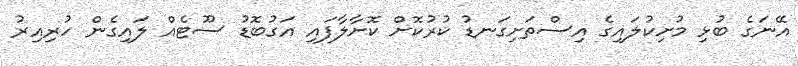
އޭނަގެ ބުޅި މުށިކުލައިގެ އިސްތަށިގަނޑު ކުރުކޮށް ކޮށާލާފައި އަގުބޮޑު ސޫޓެއް ލައިގެން ހުރިއިރު